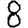
Digit: 8